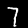
Digit: 7